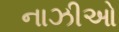
નાઝીઓ